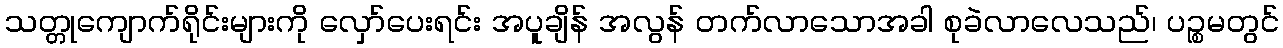
သတ္တုကျောက်ရိုင်းများကို လှော်ပေးရင်း အပူချိန် အလွန် တက်လာသောအခါ စုခဲလာလေသည်၊ ပဉ္စမတွင်